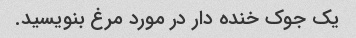
یک جوک خنده دار در مورد مرغ بنویسید.